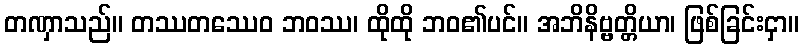
တဏှာသည်။ တဿတဿေဝ ဘဝဿ၊ ထိုထို ဘဝ၏ပင်။ အဘိနိဗ္ဗတ္တိယာ၊ ဖြစ်ခြင်းငှာ။